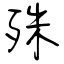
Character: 殊